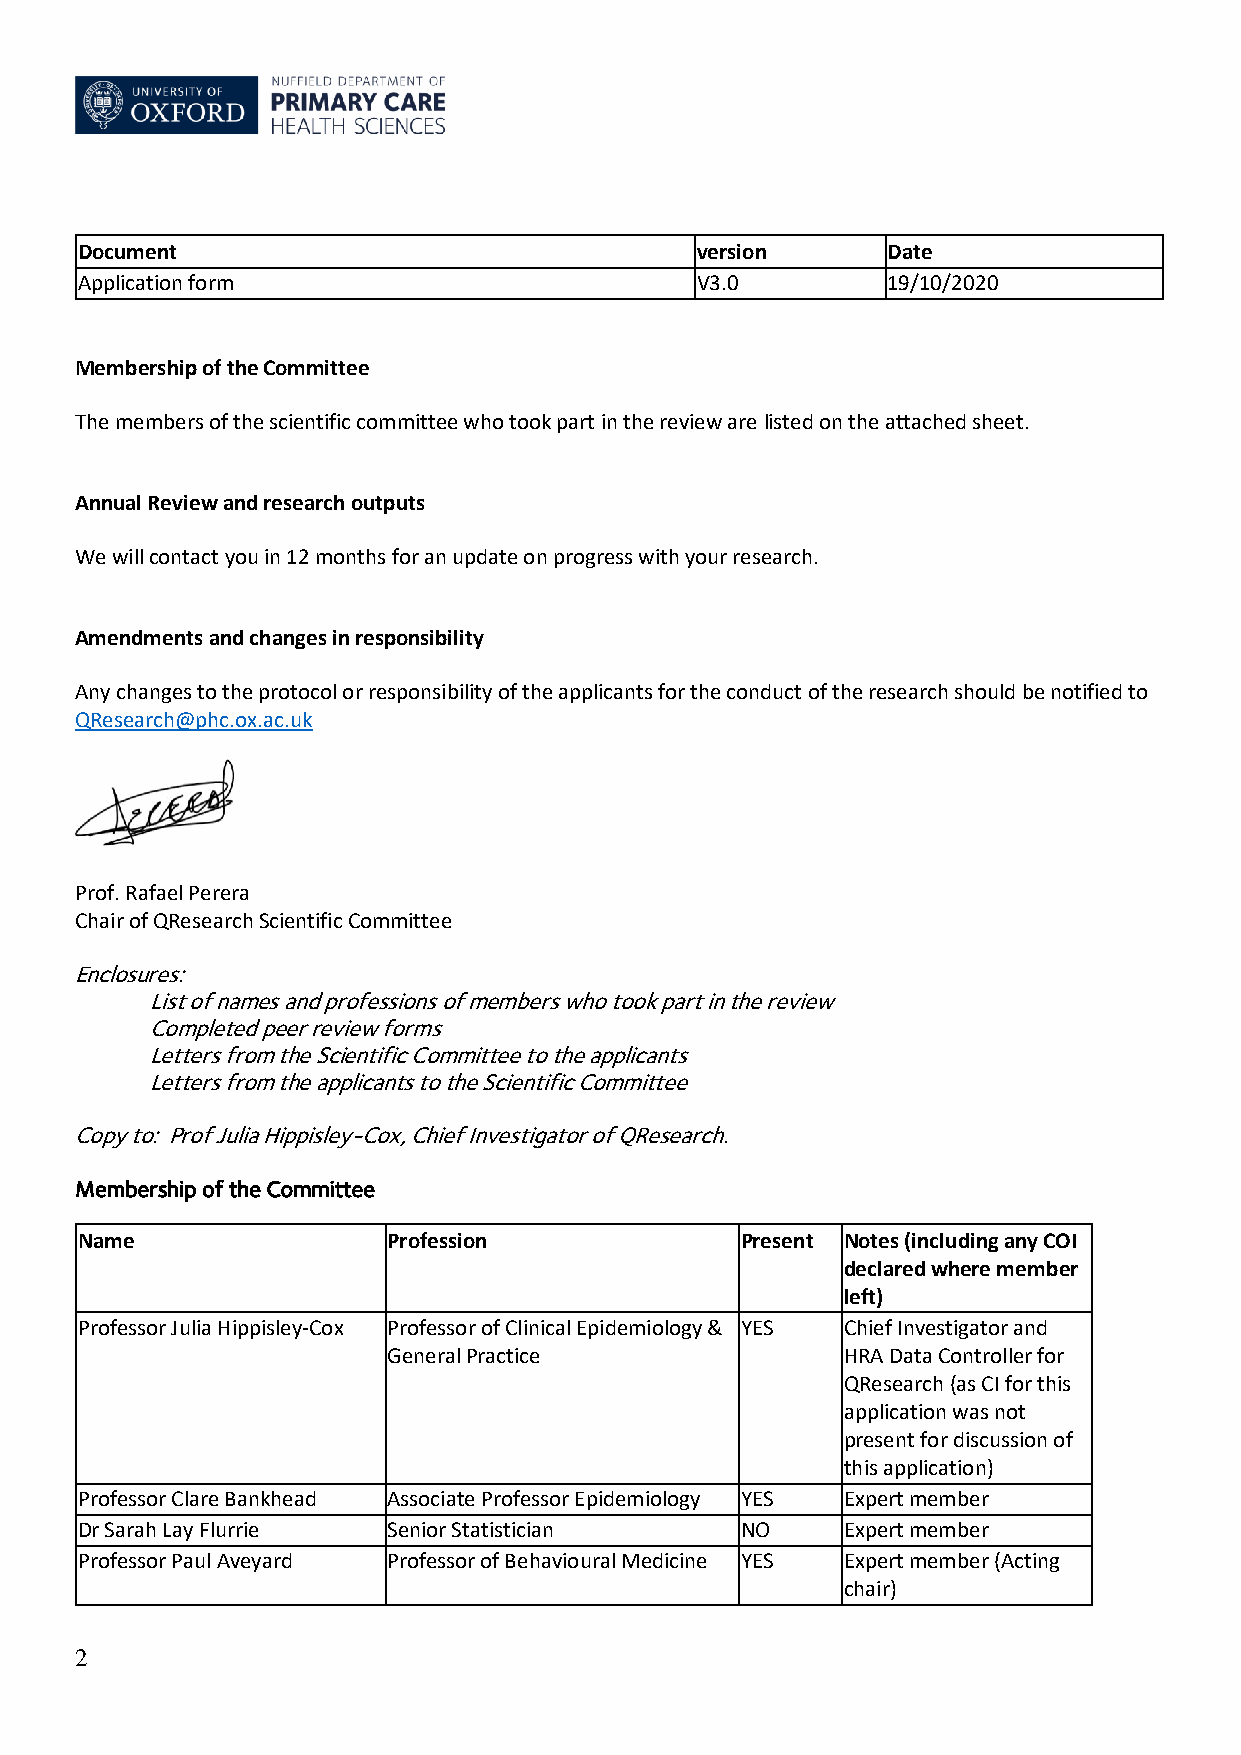
Document                                 version      Date
 Application form                         V3.0         19/10/2020
 Membership of the Committee
 The members of the scientific committee who took part in the review are listed on the attached sheet.
 Annual Review and research outputs
 We will contact you in 12 months for an update on progress with your research.
 Amendments and changes in responsibility
 Any changes to the protocol or responsibility of the applicants for the conduct of the research should be notified to
 QResearch@phc.ox.ac.uk
 Prof. Rafael Perera
 Chair of QResearch Scientific Committee
 Enclosures:
 List of names and professions of members who took part in the review
 Completed peer review forms
 Letters from the Scientific Committee to the applicants
 Letters from the applicants to the Scientific Committee
 Copy to: Prof Julia Hippisley-Cox, Chief Investigator of QResearch.
 Membership of the Committee
 Name                 Profession             Present Notes (including any COI
 declared where member
 left)
 Professor Julia Hippisley-Cox Professor of Clinical Epidemiology & YES Chief Investigator and
 General Practice              HRA Data Controller for
 QResearch (as CI for this
 application was not
 present for discussion of
 this application)
 Professor Clare Bankhead Associate Professor Epidemiology YES Expert member
 Dr Sarah Lay Flurrie Senior Statistician    NO     Expert member
 Professor Paul Aveyard Professor of Behavioural Medicine YES Expert member (Acting
 chair)
 2